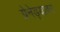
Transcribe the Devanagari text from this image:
ग्रेनेड्यावर